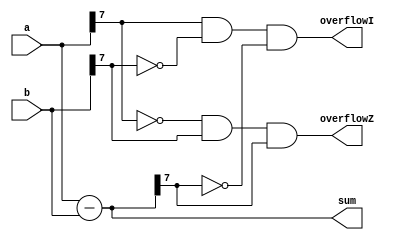
`timescale 1ns / 1ps
//////////////////////////////////////////////////////////////////////////////////
// Company: 
// Engineer: 
// 
// Design Name: 
// Module Name:    expsummer 
// Project Name: 
// Target Devices: 
// Tool versions: 
// Description: 
//
// Dependencies: 
//
// Revision: 
// Revision 0.01 - File Created
// Additional Comments: 
//
//////////////////////////////////////////////////////////////////////////////////
module exp_summer(a,b,sum,overflowI, overflowZ);

	input [7:0] a,b;
	output [7:0] sum;
	output overflowI, overflowZ;
	
	assign sum=a-b;
	assign overflowI = (a[7]&(~b[7])&(~sum[7]));
	assign overflowZ = ((~a[7])&(b[7])&sum[7]);


endmodule